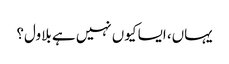
یہاں، ایسا کیوں نہیں ہے بلاول؟